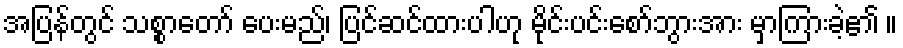
အပြန်တွင် သစ္စာတော် ပေးမည်၊ ပြင်ဆင်ထားပါဟု မိုင်းပင်းစော်ဘွားအား မှာကြားခဲ့၏ ။